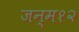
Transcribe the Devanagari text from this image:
जन्म१२